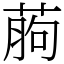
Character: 葋